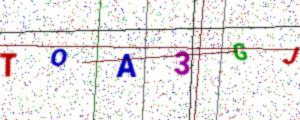
Text: TOA3GJ